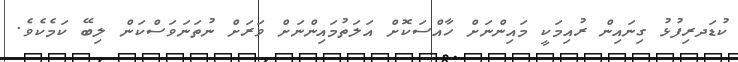
ކުޑަދރިފުޅު ގިނައިން ރުއިމަކީ މައިންނަށް ހާއްސަކޮށް އަލަތުމައިންނަށް ވަރަށް ނުތަނަވަސްކަން ލިބޭ ކަމެކެވެ.